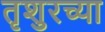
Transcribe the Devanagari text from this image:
तृशुरच्या